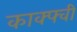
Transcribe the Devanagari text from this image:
काक्फ्वी